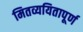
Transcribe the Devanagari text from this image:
मितव्ययितापूर्ण